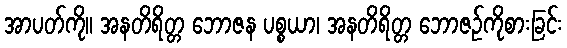
အာပတ်ကို။ အနတိရိတ္တ ဘောဇန ပစ္စယာ၊ အနတိရိတ္တ ဘောဇဉ်ကိုစားခြင်း